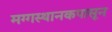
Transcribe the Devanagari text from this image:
मग्गस्थानकपासून